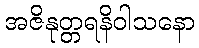
အဇိနုတ္တရနိဝါသနော